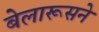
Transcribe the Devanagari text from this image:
बेलारूसने